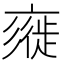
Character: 𢒲